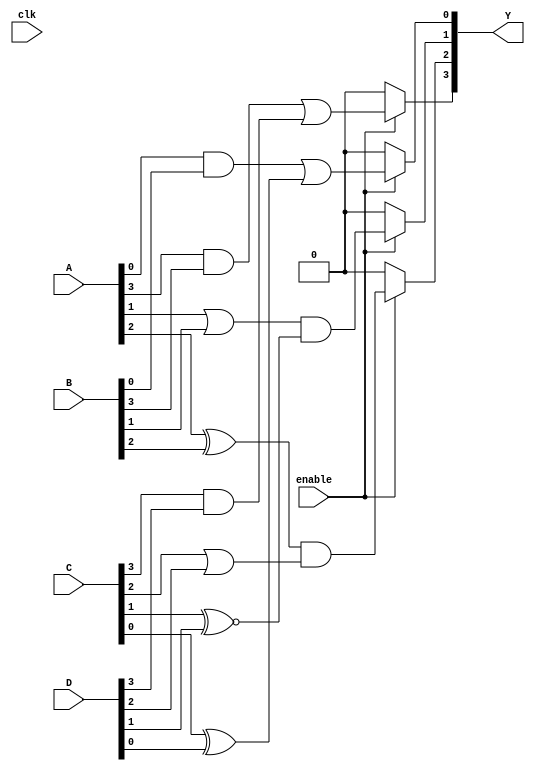
module combinational_logic_block (
    input wire [3:0] A,          // 4-bit input vector
    input wire [3:0] B,          // 4-bit input vector
    input wire [3:0] C,          // 4-bit input vector
    input wire [3:0] D,          // 4-bit input vector
    input wire enable,           // Enable signal for LEs
    input wire clk,              // Global clock signal (not used in combinational logic)
    output wire [3:0] Y          // 4-bit output vector
);

    // Lookup Tables (LUTs) for each Logic Element (LE)
    wire [3:0] lut_out;          // Outputs from LUTs

    // LUT configurations (example logic functions)
    assign lut_out[0] = enable ? (A[0] & B[0]) | (C[0] ^ D[0]) : 1'b0; // LE0
    assign lut_out[1] = enable ? (A[1] | B[1]) & (C[1] ~^ D[1]) : 1'b0; // LE1
    assign lut_out[2] = enable ? (A[2] ^ B[2]) & (C[2] | D[2]) : 1'b0; // LE2
    assign lut_out[3] = enable ? (A[3] & B[3]) | (C[3] & D[3]) : 1'b0; // LE3

    // Interconnects: Directly connect LUT outputs to the outputs of the LAB
    assign Y = lut_out;

endmodule